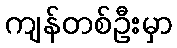
ကျန်တစ်ဦးမှာ